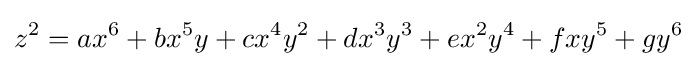
z^{2}=ax^{6}+bx^{5}y+cx^{4}y^{2}+dx^{3}y^{3}+ex^{2}y^{4}+fxy^{5}+gy^{6}